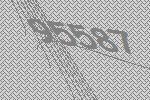
95587